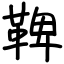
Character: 鞞